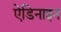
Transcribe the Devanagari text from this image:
ऐडिनाइन